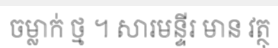
ចម្លាក់ ថ្ម ។ សារមន្ទីរ មាន វត្ថុ